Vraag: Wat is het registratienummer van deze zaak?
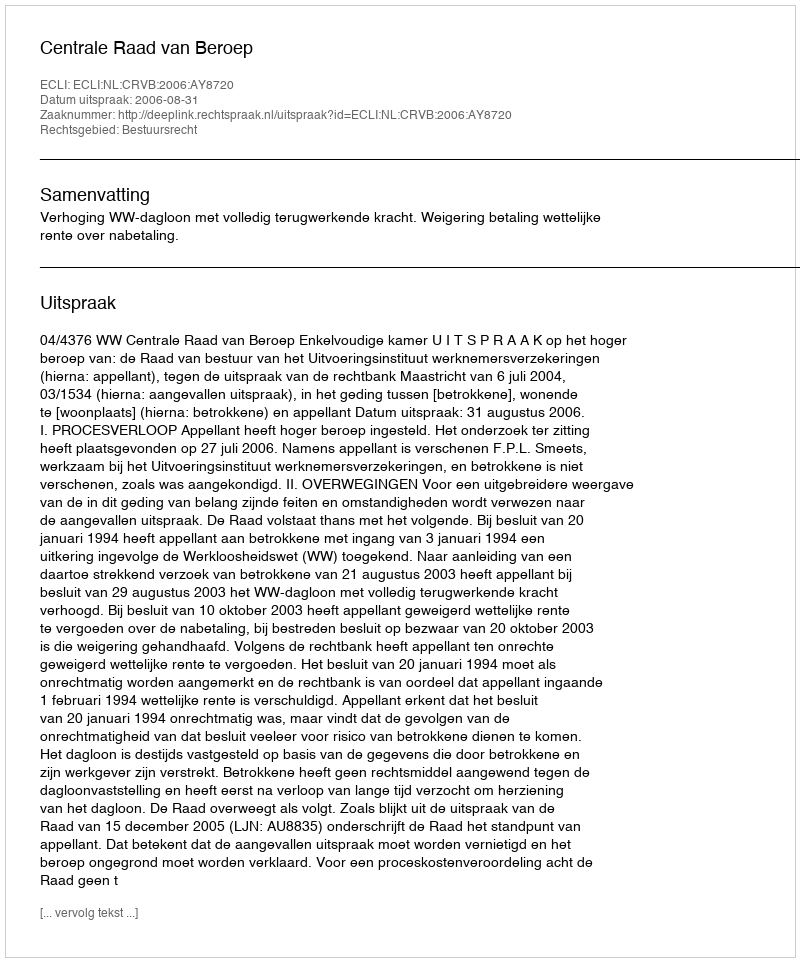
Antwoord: http://deeplink.rechtspraak.nl/uitspraak?id=ECLI:NL:CRVB:2006:AY8720